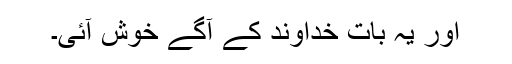
اور یہ بات خداوند کے آگے خوش آئی۔